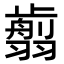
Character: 𦒕